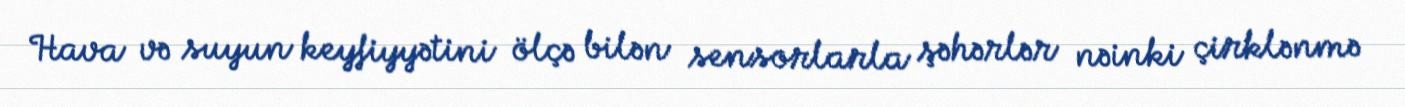
Hava və suyun keyfiyyətini ölçə bilən sensorlarla şəhərlər nəinki çirklənmə